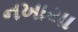
નખાયા